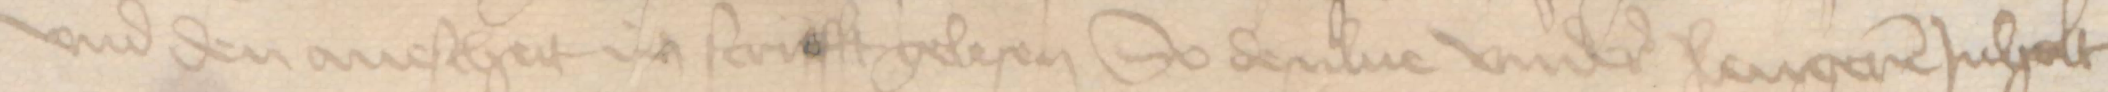
vnd den auescheit in scrifft gelesen So desulue vndere langeren Jnholt